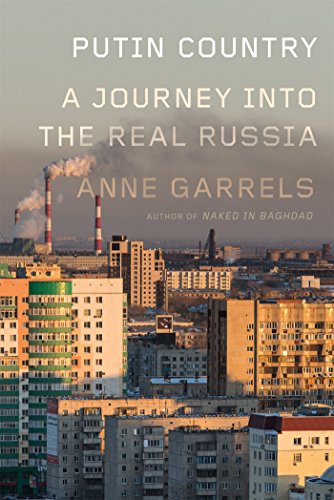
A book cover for Putin Country: A Journey into the Real Russia; Anne Garrels; Business & Money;